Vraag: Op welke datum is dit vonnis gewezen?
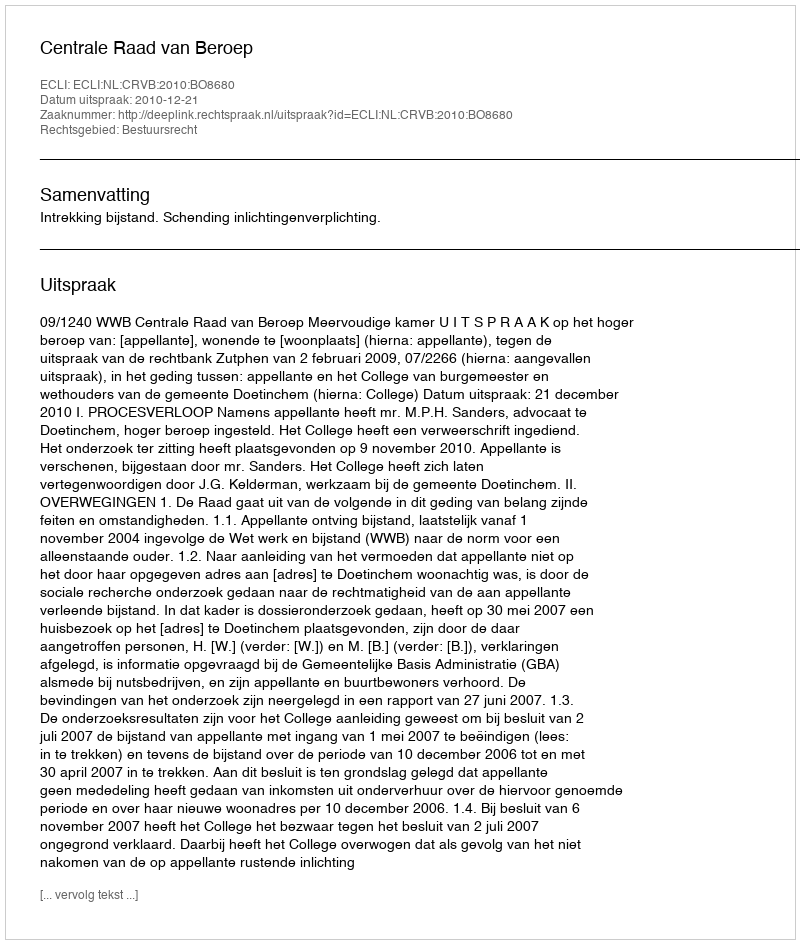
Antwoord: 2010-12-21